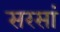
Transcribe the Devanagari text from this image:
सरसां